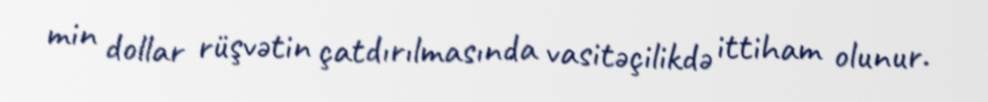
min dollar rüşvətin çatdırılmasında vasitəçilikdə ittiham olunur.